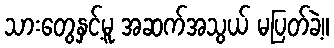
သားတွေနှင့်မူ အဆက်အသွယ် မပြတ်ခဲ့။